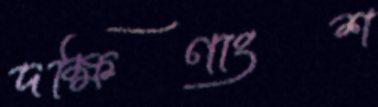
দক্ষিণাংশ